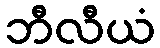
ဘီလီယံ